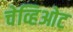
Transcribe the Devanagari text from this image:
चेव्हिओट